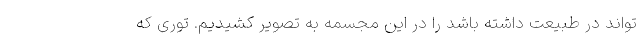
تواند در طبیعت داشته باشد را در این مجسمه به تصویر کشیدیم. توری که